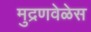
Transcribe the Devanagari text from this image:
मुद्रणवेळेस